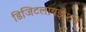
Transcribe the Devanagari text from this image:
डिजिटलायझेशने